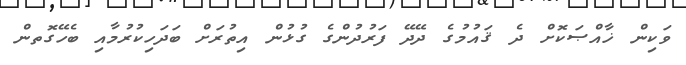
ވަކިން ޚާއްޞަކޮށް ދެ ޤައުމުގެ ދޭދޭ ފަރުދުންގެ ގުޅުން އިތުރަށް ބަދަހިކުރުމާއި ބެހޭގޮތން